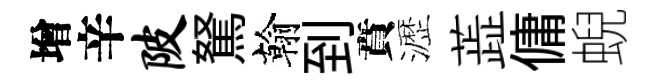
增辛陂駑翰到賁瀝蕋傭蜺